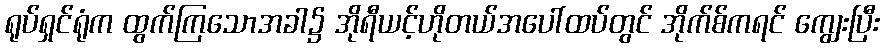
ရုပ်ရှင်ရုံက ထွက်ကြသောအခါ၌ အိုရီယင့်ဟိုတယ်အပေါ်ထပ်တွင် အိုက်စ်ကရင် ကျွေးပြီး